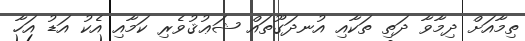
ތިމާއަށް ދިމާވާ ދަތި ތަކާއި އުނދަގޫތައް ޝަޢުޤުވެރި ކަމާއި އެކު އަޑު އަހާ